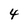
Character: 4